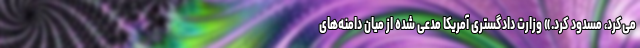
می‌کرد، مسدود کرد.» وزارت دادگستری آمریکا مدعی شده از میان دامنه‌های